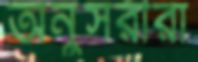
অনুসরীরা